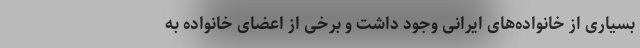
بسیاری از خانواده‌های ایرانی وجود داشت و برخی از اعضای خانواده به